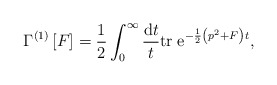
\begin{align*}\Gamma^{(1)}\left[F\right]=\frac 1 2 \int_0^\infty\frac{{\rm d}t}{t}{\rm tr}\;{\rm e}^{-\frac 1 2\left(p^2+F\right)t},\end{align*}